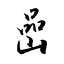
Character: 喦